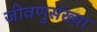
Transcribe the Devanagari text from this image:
जीवणुसंख्या